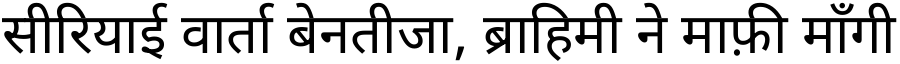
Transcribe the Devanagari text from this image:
सीरियाई वार्ता बेनतीजा, ब्राहिमी ने माफ़ी माँगी